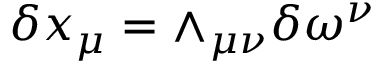
\delta x _ { \mu } = \wedge _ { \mu \nu } \delta \omega ^ { \nu }